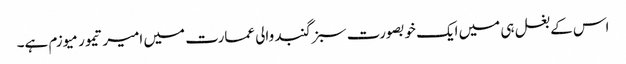
اس کے بغل ہی میں ایک خوبصورت سبز گنبد والی عمارت میں امیر تیمور میوزم ہے۔